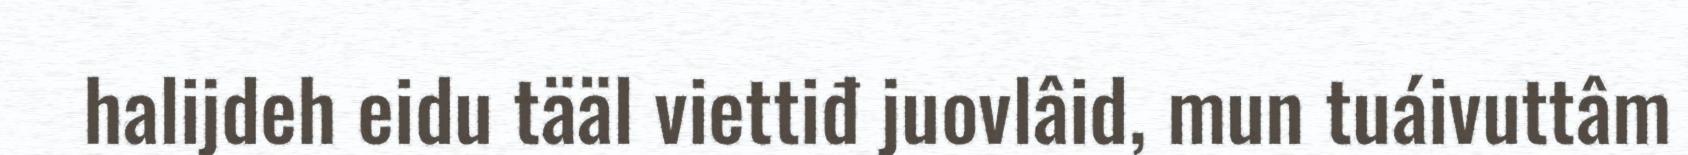
halijdeh eidu tääl viettiđ juovlâid, mun tuáivuttâm